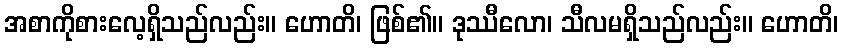
အစာကိုစားလေ့ရှိသည်လည်း။ ဟောတိ၊ ဖြစ်၏။ ဒုဿီလော၊ သီလမရှိသည်လည်း။ ဟောတိ၊